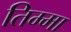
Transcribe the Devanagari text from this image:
तिम्मा